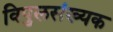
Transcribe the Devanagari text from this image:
विपुलसंख्यक